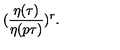
( \frac { \eta ( { \tau } ) } { \eta ( p \tau ) } ) ^ { r } .